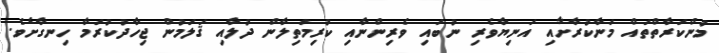
މުންކަރާތްތައް މަނާކުރާށާއި އަނިޔާވެރި ނުބައި ވެރިންނާއި ކުރިމަތިލާން ދުލާއި ޤަލަމުން ޖިހާދުކުރަމާ ހިނގާށެވެ.